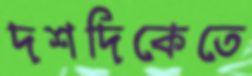
দশদিকেতে